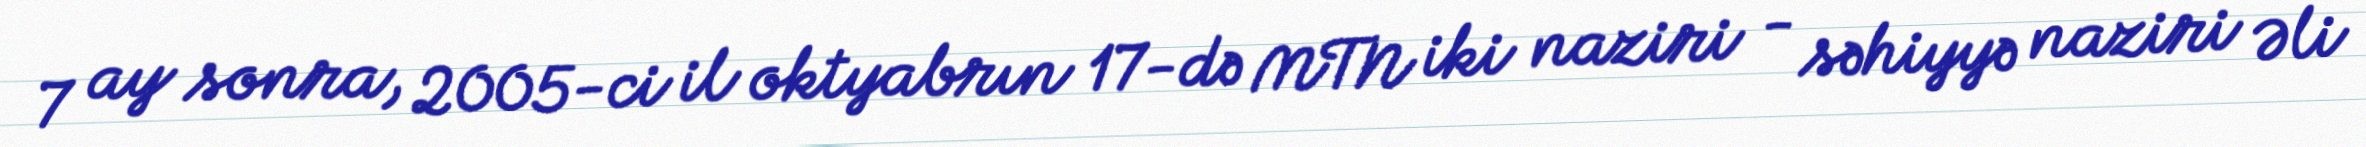
7 ay sonra, 2005-ci il oktyabrın 17-də MTN iki naziri - səhiyyə naziri Əli